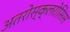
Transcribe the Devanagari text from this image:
अतरोस्क्लरोसिस